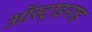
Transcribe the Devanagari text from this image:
ऑस्ट्राइनाइ